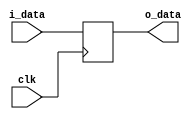
`timescale 1ns / 1ps

module ALUoutDR(i_data, clk, o_data);
    input clk;
    input [31:0] i_data;
    output reg[31:0] o_data;
    always @(posedge clk) begin
        o_data = i_data;
    end
endmodule